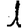
Digit: 1